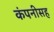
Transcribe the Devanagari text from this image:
कंपनीसह